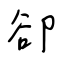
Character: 卻